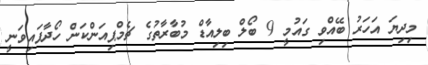
މިދިޔަ އަހަރު ބޭއްވި ގައުމީ 9 ބޯލް ބިލިއާޑް މުބާރާތުގެ ޗެމްޕިއަންކަން ހޯދާފައިވަނީ